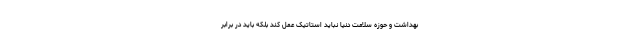
بهداشت و حوزه سلامت دنیا نباید استاتیک عمل کند بلکه باید در برابر